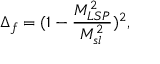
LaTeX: \Delta _ { f } = ( 1 - \frac { M _ { L S P } ^ { 2 } } { M _ { s l } ^ { 2 } } ) ^ { 2 } ,